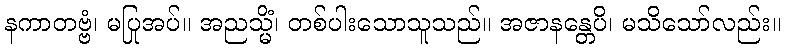
နကာတဗ္ဗံ၊ မပြုအပ်။ အညသ္မိံ၊ တစ်ပါးသောသူသည်။ အဇာနန္တေပိ၊ မသိသော်လည်း။